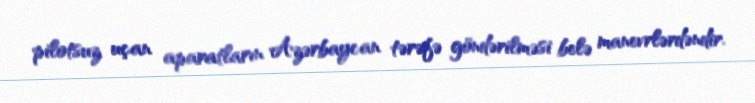
pilotsuz uçan aparatların Azərbaycan tərəfə göndərilməsi belə manevrlərdəndir.